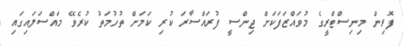
ފޮރިން މިނިސްޓްރީގެ މުވައްޒަފަކަށް ޖިންސީ ފުރައްސާރަ ކުރި ކަމަށް ތުހުމަތު ކުރެވޭ މައްސަލައިގައި